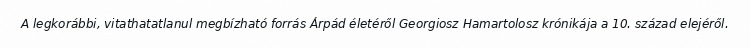
A legkorábbi, vitathatatlanul megbízható forrás Árpád életéről Georgiosz Hamartolosz krónikája a 10. század elejéről.